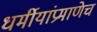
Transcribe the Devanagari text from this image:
धर्मीयांप्रमाणेच